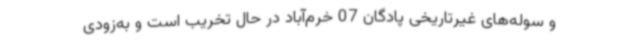
و سوله‌های غیرتاریخی پادگان 07 خرم‌آباد در حال تخریب است و به‌زودی